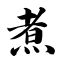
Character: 煮